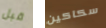
قبل سكاكين